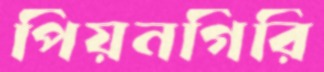
পিয়নগিরি